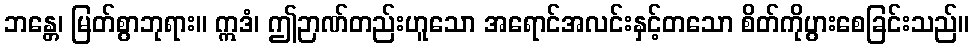
ဘန္တေ၊ မြတ်စွာဘုရား။ ဣဒံ၊ ဤဉာဏ်တည်းဟူသော အရောင်အလင်းနှင့်တသော စိတ်ကိုပွားစေခြင်းသည်။